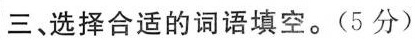
三、选择合适的词语填空。(5分)